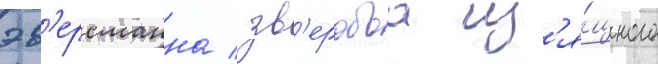
эв'ерсманна / зв'еробоа из'я́щного